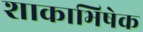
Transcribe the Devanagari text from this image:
शाकाभिषेक